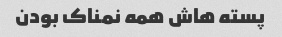
پسته هاش همه نمناک بودن